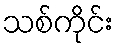
သစ်ကိုင်း